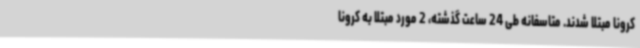
کرونا مبتلا شدند. متاسفانه طی 24 ساعت گذشته، 2 مورد مبتلا به کرونا